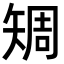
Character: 𥏨